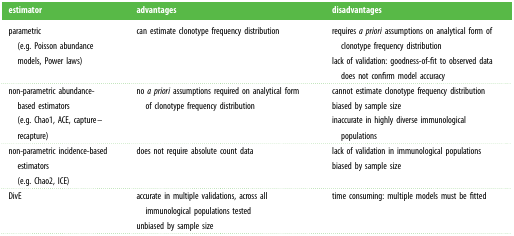
<table><thead><tr><td><b>estimator</b></td><td><b>advantages</b></td><td><b>disadvantages</b></td></tr></thead><tbody><tr><td>parametric(e.g. Poisson abundance models, Power laws)</td><td>can estimate clonotype frequency distribution</td><td>requires <i>a priori</i> assumptions on analytical form of clonotype frequency distributionlack of validation: goodness-of-fit to observed data does not confirm model accuracy</td></tr><tr><td>non-parametric abundance-based estimators(e.g. Chao1, ACE, capture–recapture)</td><td>no <i>a priori</i> assumptions required on analytical form of clonotype frequency distribution</td><td>cannot estimate clonotype frequency distributionbiased by sample sizeinaccurate in highly diverse immunological populations</td></tr><tr><td>non-parametric incidence-based estimators(e.g. Chao2, ICE)</td><td>does not require absolute count data</td><td>lack of validation in immunological populationsbiased by sample size</td></tr><tr><td>DivE</td><td>accurate in multiple validations, across all immunological populations testedunbiased by sample size</td><td>time consuming: multiple models must be fitted</td></tr></tbody></table>